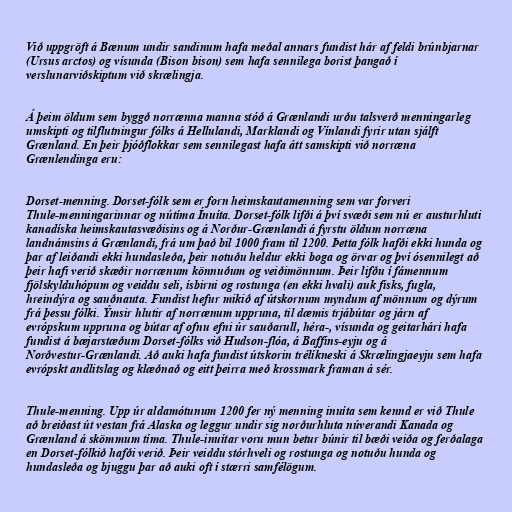
Við uppgröft á Bænum undir sandinum hafa meðal annars fundist hár af feldi brúnbjarnar
(Ursus arctos) og vísunda (Bison bison) sem hafa sennilega borist þangað í
verslunarviðskiptum við skrælingja.

Á þeim öldum sem byggð norrænna manna stóð á Grænlandi urðu talsverð menningarleg
umskipti og tilflutningur fólks á Hellulandi, Marklandi og Vínlandi fyrir utan sjálft
Grænland. En þeir þjóðflokkar sem sennilegast hafa átt samskipti við norræna
Grænlendinga eru:

Dorset-menning. Dorset-fólk sem er forn heimskautamenning sem var forveri
Thule-menningarinnar og nútíma Ínuíta. Dorset-fólk lifði á því svæði sem nú er austurhluti
kanadíska heimskautasvæðisins og á Norður-Grænlandi á fyrstu öldum norræna
landnámsins á Grænlandi, frá um það bil 1000 fram til 1200. Þetta fólk hafði ekki hunda og
þar af leiðandi ekki hundasleða, þeir notuðu heldur ekki boga og örvar og því ósennilegt að
þeir hafi verið skæðir norrænum könnuðum og veiðimönnum. Þeir lifðu í fámennum
fjölskylduhópum og veiddu seli, ísbirni og rostunga (en ekki hvali) auk fisks, fugla,
hreindýra og sauðnauta. Fundist hefur mikið af útskornum myndum af mönnum og dýrum
frá þessu fólki. Ýmsir hlutir af norrænum uppruna, til dæmis trjábútar og járn af
evrópskum uppruna og bútar af ofnu efni úr sauðarull, héra-, vísunda og geitarhári hafa
fundist á bæjarstæðum Dorset-fólks við Hudson-flóa, á Baffins-eyju og á
Norðvestur-Grænlandi. Að auki hafa fundist útskorin trélíkneski á Skrælingjaeyju sem hafa
evrópskt andlitslag og klæðnað og eitt þeirra með krossmark framan á sér.

Thule-menning. Upp úr aldamótunum 1200 fer ný menning inuíta sem kennd er við Thule
að breiðast út vestan frá Alaska og leggur undir sig norðurhluta núverandi Kanada og
Grænland á skömmum tíma. Thule-inuítar voru mun betur búnir til bæði veiða og ferðalaga
en Dorset-fólkið hafði verið. Þeir veiddu stórhveli og rostunga og notuðu hunda og
hundasleða og bjuggu þar að auki oft í stærri samfélögum.